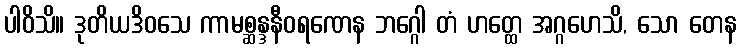
ပါဝိသိ။ ဒုတိယဒိဝသေ ကာမစ္ဆန္ဒနီဝရဏေန ဘဂ္ဂေါ တံ ဟတ္ထေ အဂ္ဂဟေသိ, သော တေန